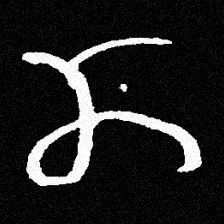
Pyu character \u2014 Myanmar letter: ဏ (romanized: nna)